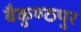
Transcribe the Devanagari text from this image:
बैकुण्ठपुर